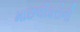
માછલીઘરોની